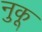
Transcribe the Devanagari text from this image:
नुकू